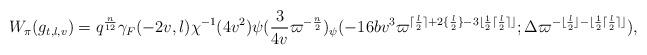
LaTeX: \begin{align*}W_{\pi}(g_{t,l,v}) = q^{\frac{n}{12}}\gamma_F(-2v,l)\chi^{-1}(4v^2) \psi(\frac{3}{4v}\varpi^{-\frac{n}{2}})_{\psi}(-16bv^3 \varpi^{\lceil \frac{l}{2}\rceil+2\{\frac{l}{2}\}-3\lfloor \frac{1}{2}\lceil\frac{l}{2}\rceil \rfloor};\Delta\varpi^{-\lfloor \frac{l}{2}\rfloor-\lfloor \frac{1}{2}\lceil\frac{l}{2}\rceil \rfloor}), \end{align*}